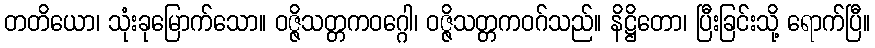
တတိယော၊ သုံးခုမြောက်သော။ ဝဇ္ဇိသတ္တကဝဂ္ဂေါ၊ ဝဇ္ဇိသတ္တကဝဂ်သည်။ နိဋ္ဌိတော၊ ပြီးခြင်းသို့ ရောက်ပြီ။